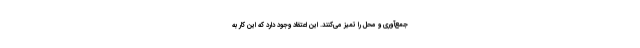
جمع‌آوری و محل را تمیز می‌کنند. این اعتقاد وجود دارد که این کار به